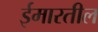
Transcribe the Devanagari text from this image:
ईमारतील